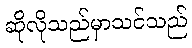
ဆိုလိုသည်မှာသင်သည်